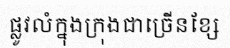
ផ្លូវលំក្នុងក្រុងជាច្រើនខ្សែ